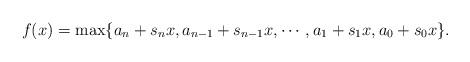
LaTeX: \begin{align*}f(x)=\max\{a_{n}+s_{n}x,a_{n-1}+s_{n-1}x,\cdots,a_{1}+s_{1}x,a_{0}+s_{0}x\}.\end{align*}